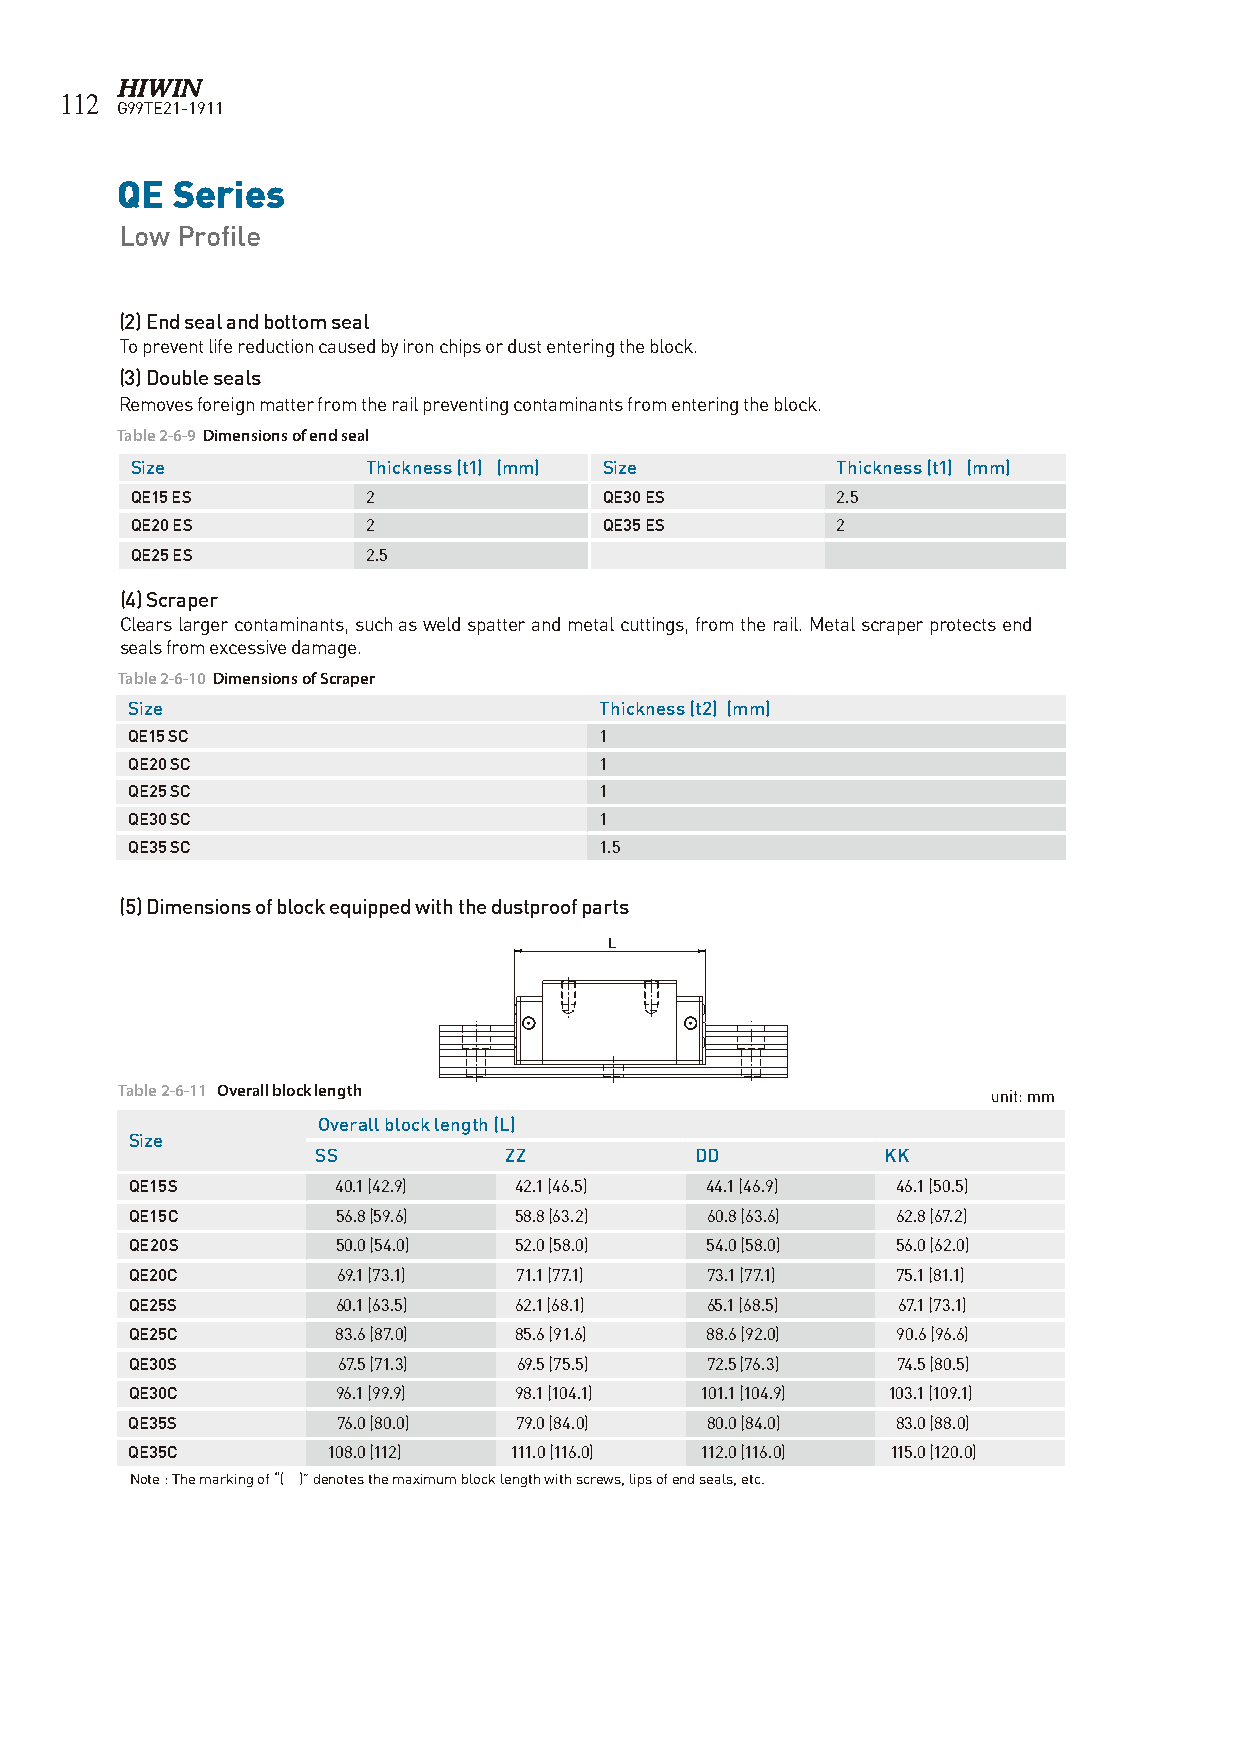
112
 G99TE21-1911
 QE Series
 Low Profile
 (2) End seal and bottom seal
 To prevent life reduction caused by iron chips or dust entering the block.
 (3) Double seals
 Removes foreign matter from the rail preventing contaminants from entering the block.
 Table 2-6-9 Dimensions of end seal
 Size           Thickness (t1) (mm) Size       Thickness (t1) (mm)
 QE15 ES        2               QE30 ES        2.5
 QE20 ES        2               QE35 ES        2
 QE25 ES        2.5
 (4) Scraper
 Clears larger contaminants, such as weld spatter and metal cuttings, from the rail. Metal scraper protects end
 seals from excessive damage.
 Table 2-6-10 Dimensions of Scraper
 Size                            Thickness (t2) (mm)
 QE15 SC                         1
 QE20 SC                         1
 QE25 SC                         1
 QE30 SC                         1
 QE35 SC                         1.5
 (5) Dimensions of block equipped with the dustproof parts
 L
 Table 2-6-11 Overall block length                         unit: mm
 Overall block length (L)
 Size
 SS          ZZ           DD           KK
 QE15S        40.1 (42.9) 42.1 (46.5)  44.1 (46.9) 46.1 (50.5)
 QE15C        56.8 (59.6) 58.8 (63.2)  60.8 (63.6) 62.8 (67.2)
 QE20S        50.0 (54.0) 52.0 (58.0)  54.0 (58.0) 56.0 (62.0)
 QE20C        69.1 (73.1) 71.1 (77.1)  73.1 (77.1) 75.1 (81.1)
 QE25S        60.1 (63.5) 62.1 (68.1)  65.1 (68.5) 67.1 (73.1)
 QE25C        83.6 (87.0) 85.6 (91.6)  88.6 (92.0) 90.6 (96.6)
 QE30S        67.5 (71.3) 69.5 (75.5)  72.5 (76.3) 74.5 (80.5)
 QE30C        96.1 (99.9) 98.1 (104.1) 101.1 (104.9) 103.1 (109.1)
 QE35S        76.0 (80.0) 79.0 (84.0)  80.0 (84.0) 83.0 (88.0)
 QE35C        108.0 (112) 111.0 (116.0) 112.0 (116.0) 115.0 (120.0)
 Note : The marking of “( )” denotes the maximum block length with screws, lips of end seals, etc.